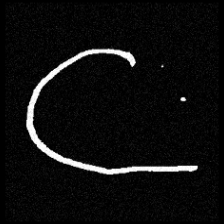
Pyu character \u2014 Myanmar letter: ဋ (romanized: tta)